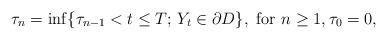
LaTeX: \begin{align*}\tau_n=\inf\{\tau_{n-1}<t\leq T; \, Y_t\in \partial D\},\mbox{ for }n\geq 1, \tau_0=0,\end{align*}